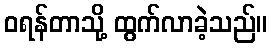
ဝရန်တာသို့ ထွက်လာခဲ့သည်။